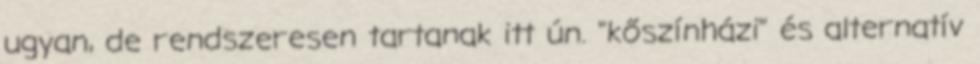
ugyan, de rendszeresen tartanak itt ún. "kőszínházi" és alternatív